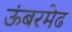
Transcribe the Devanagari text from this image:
ऊंबरमेढ